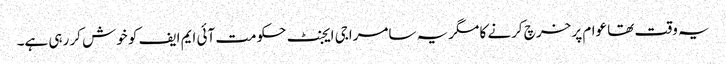
یہ وقت تھا عوام پر خرچ کرنے کا مگریہ سامراجی ایجنٹ حکومت آئی ایم ایف کو خوش کر رہی ہے۔